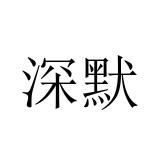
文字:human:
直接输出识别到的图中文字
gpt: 深默